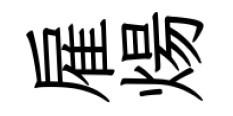
雇煬